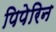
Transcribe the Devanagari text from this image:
पिपेरिन